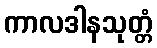
ကာလဒါနသုတ္တံ